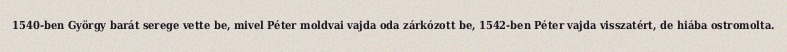
1540-ben György barát serege vette be, mivel Péter moldvai vajda oda zárkózott be, 1542-ben Péter vajda visszatért, de hiába ostromolta.